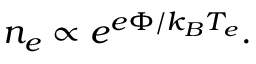
n _ { e } \propto e ^ { e \Phi / k _ { B } T _ { e } } .